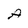
Character: A